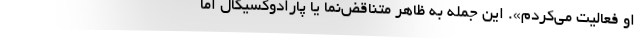
او فعالیت می‌کردم». این جمله به ظاهر متناقض‌نما یا پارادوکسیکال اما